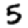
Digit: 5